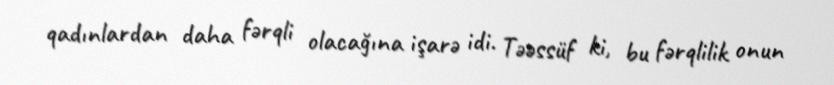
qadınlardan daha fərqli olacağına işarə idi. Təəssüf ki, bu fərqlilik onun